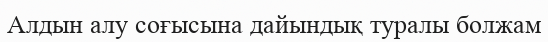
Алдын алу соғысына дайындық туралы болжам